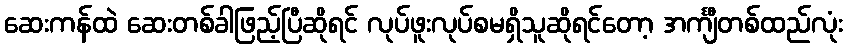
ဆေးကန်ထဲ ဆေးတစ်ခါဖြည့်ပြီဆိုရင် လုပ်ဖူးလုပ်စမရှိသူဆိုရင်တော့ အင်္ကျီတစ်ထည်လုံး